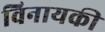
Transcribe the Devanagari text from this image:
विनायकी